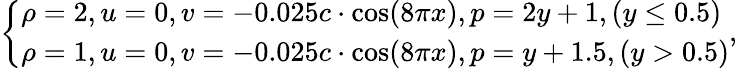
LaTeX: \left\{ \begin{array}{l}{\rho=2,u=0,v=-0.025c\cdot\cos(8\pi x),p=2y+1,(y\leq 0.5)}\\ {\rho=1,u=0,v=-0.025c\cdot\cos(8\pi x),p=y+1.5,(y>0.5)}\end{array},\right.